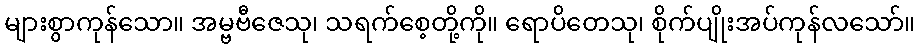
များစွာကုန်သော။ အမ္ဗဗီဇေသု၊ သရက်စေ့တို့ကို။ ရောပိတေသု၊ စိုက်ပျိုးအပ်ကုန်လသော်။